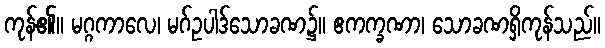
ကုန်၏။ မဂ္ဂကာလေ၊ မဂ်ဥပါဒ်သောခဏ၌။ ဧကက္ခဏာ၊ သောခဏရှိကုန်သည်။